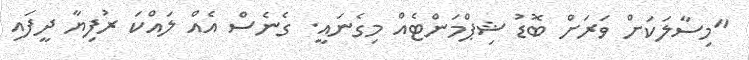
"މިސާލަކަށް ވަރަށް ބޮޑު ޝިޕްމަންޓެއް މިގެނައީ. ގެނެސް އެއް ލައްކަ ރުފިޔާ ދީފައި